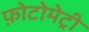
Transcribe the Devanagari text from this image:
फ़ोटोमेट्री